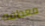
معطفه